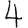
Digit: 4